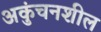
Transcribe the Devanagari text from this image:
अकुंचनशील